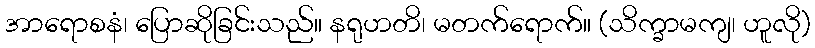
အာရောစနံ၊ ပြောဆိုခြင်းသည်။ နရုဟတိ၊ မတက်ရောက်။ (သိက္ခာမကျ၊ ဟူလို)